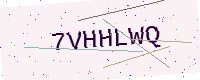
Text: 7VHHLWQ